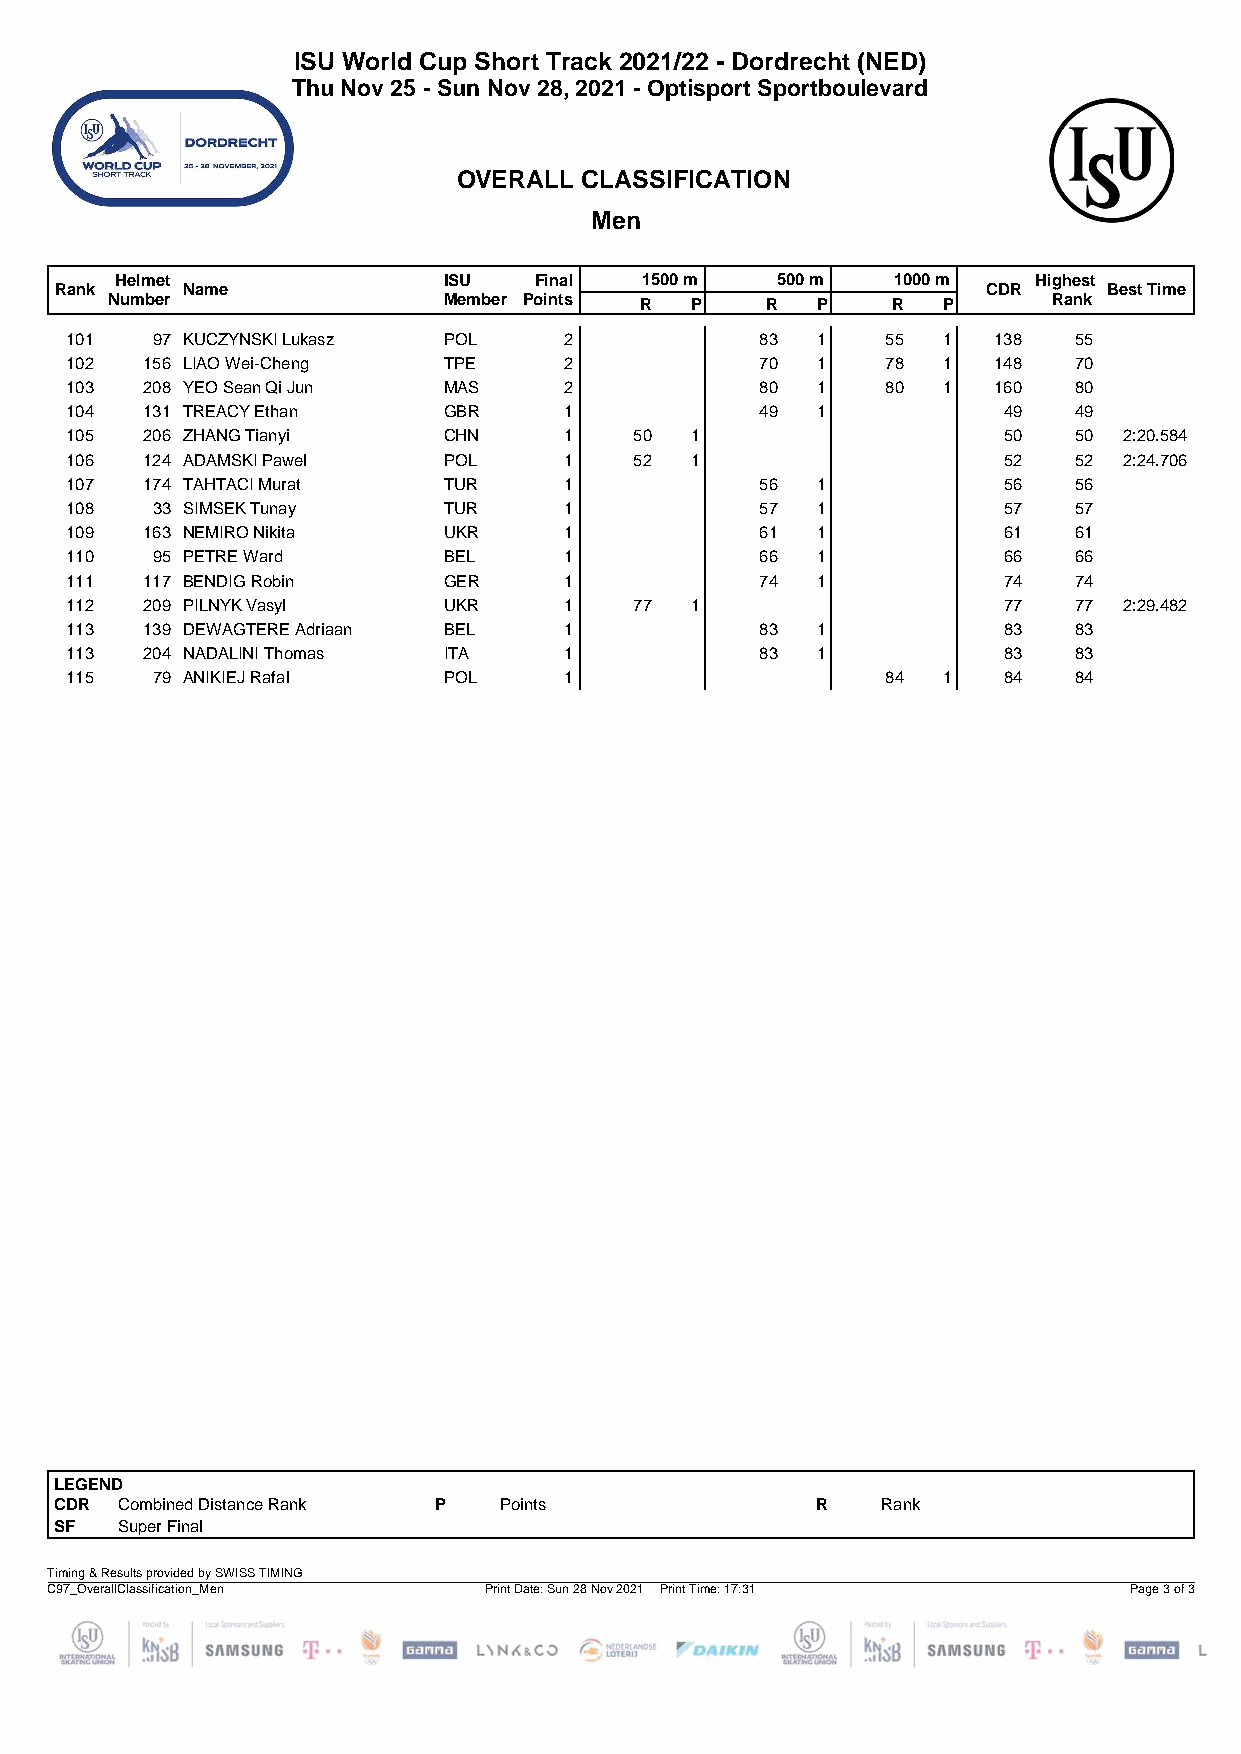
ISU World Cup Short Track 2021/22 - Dordrecht (NED)
 Thu Nov 25 - Sun Nov 28, 2021 - Optisport Sportboulevard
 OVERALL  CLASSIFICATION
 Men
 Helmet               ISU   Final  1500 m   500 m   1000 m    Highest
 Rank    Name                                                 CDR     Best Time
 Number                Member Points R  P    R  P    R  P       Rank
 101   97 KUCZYNSKI Lukasz POL    2            83  1    55 1   138  55
 102  156 LIAO Wei-Cheng  TPE     2            70  1    78 1   148  70
 103  208 YEO Sean Qi Jun MAS     2            80  1    80 1   160  80
 104  131 TREACY Ethan    GBR     1            49  1           49   49
 105  206 ZHANG Tianyi    CHN     1    50  1                   50   50 2:20.584
 106  124 ADAMSKI Pawel   POL     1    52  1                   52   52 2:24.706
 107  174 TAHTACI Murat   TUR     1            56  1           56   56
 108   33 SIMSEK Tunay    TUR     1            57  1           57   57
 109  163 NEMIRO Nikita   UKR     1            61  1           61   61
 110   95 PETRE Ward      BEL     1            66  1           66   66
 111  117 BENDIG Robin    GER     1            74  1           74   74
 112  209 PILNYK Vasyl    UKR     1    77  1                   77   77 2:29.482
 113  139 DEWAGTERE Adriaan BEL   1            83  1           83   83
 113  204 NADALINI Thomas ITA     1            83  1           83   83
 115   79 ANIKIEJ Rafal   POL     1                     84 1   84   84
 LEGEND
 CDR Combined Distance Rank P Points               R   Rank
 SF  Super Final
 Timing & Results provided by SWISS TIMING
 C97_OverallClassification_Men Print Date: Sun 28 Nov 2021 Print Time: 17:31 Page 3 of 3